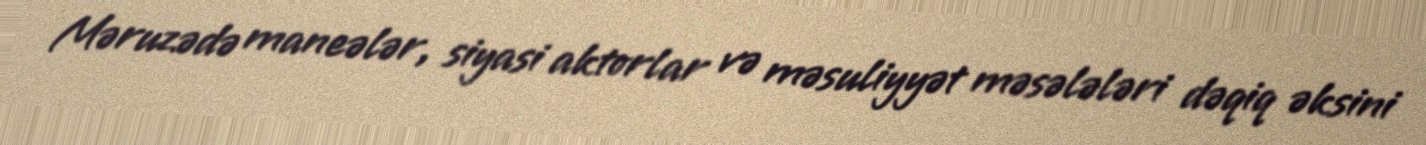
Məruzədə maneələr, siyasi aktorlar və məsuliyyət məsələləri dəqiq əksini